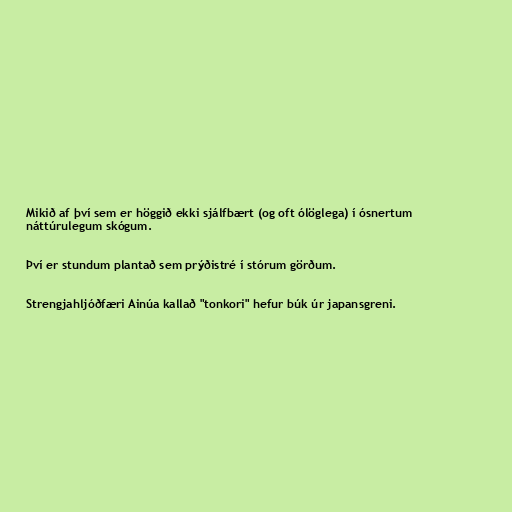
Mikið af því sem er höggið ekki sjálfbært (og oft ólöglega) í ósnertum
náttúrulegum skógum.

Því er stundum plantað sem prýðistré í stórum görðum.

Strengjahljóðfæri Ainúa kallað "tonkori" hefur búk úr japansgreni.